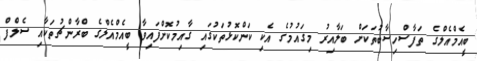
ބީއެމްއެލްގެ ތަފާސްހިސާބުތަކަށް ބަލާއިރު މިގައުމުގެ އެކި ކަންކޮޅުތަކުގައި ގާއިމުކޮށްފައިވާ ބީއެމްއެލްގެ ބްރާންޗުތަކާއި ސެލްފް